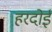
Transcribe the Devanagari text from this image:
हरदाेई